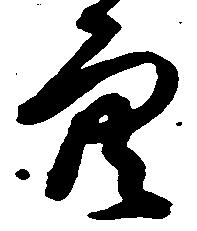
穴